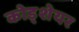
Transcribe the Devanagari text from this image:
कोड्शेयर